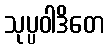
သုပ္ပဝါဒိတေ